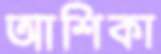
আশিকা